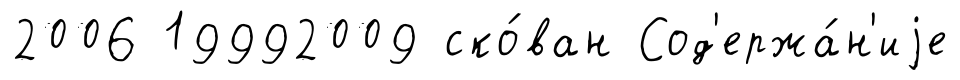
2006 19992009 ско́ван Сод'ержа́н'иjе